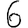
Digit: 6